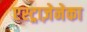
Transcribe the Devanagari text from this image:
एस्ट्राज़ेनेका